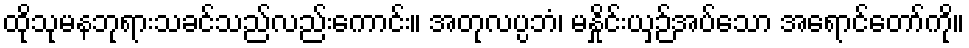
ထိုသုမနဘုရားသခင်သည်လည်းကောင်း။ အတုလပ္ပဘံ၊ မနှိုင်းယှဉ်အပ်သော အရောင်တော်ကို။